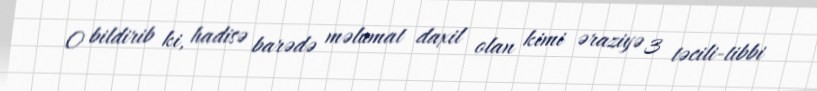
O bildirib ki, hadisə barədə məlumat daxil olan kimi əraziyə 3 təcili-tibbi